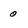
Character: 0